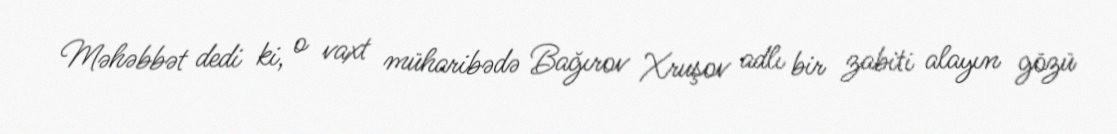
Məhəbbət dedi ki, o vaxt müharibədə Bağırov Xruşov adlı bir zabiti alayın gözü